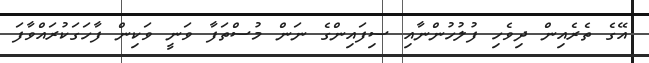
އޭގެ ތެރެއިން ދިވެހި ފުލުހުންނާއި ސިފައިންގެ ނަން މުސްތަފާ ވަނީ ވަކިން ފާހަގަކުރައްވާފަ